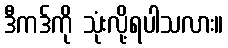
ဒီကဒ်ကို သုံးလို့ရပါသလား။